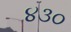
૪૩૦